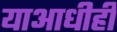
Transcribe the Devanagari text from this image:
याआधीही